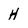
Character: H